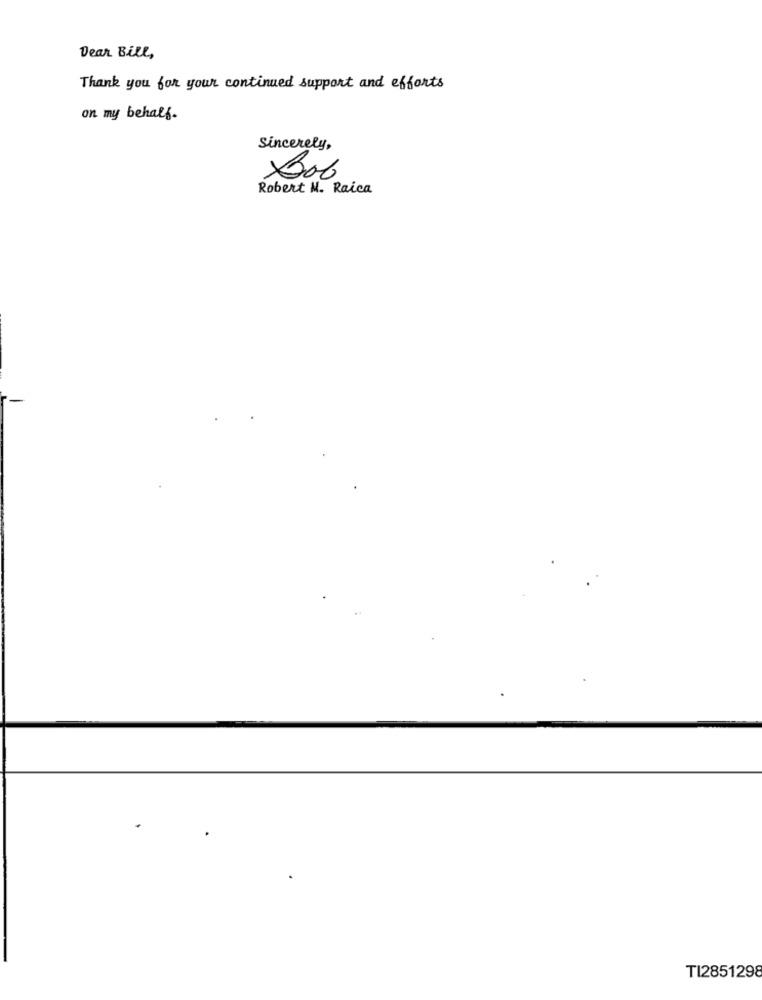
Dear Bill,
Thank you for your continued support and efforts
on my behalf.
Sincerely,
Bob
Robert M. Raica
T12851298